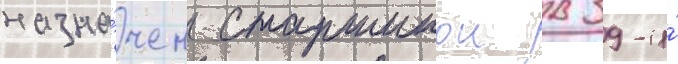
назна́чен старшинои в 39-и́